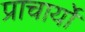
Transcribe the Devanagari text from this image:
प्राचार्यों